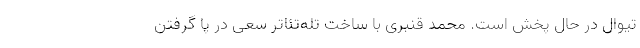
تیوال در حال پخش است. محمد قنبری با ساخت تله‌تئاتر سعی در پا گرفتن